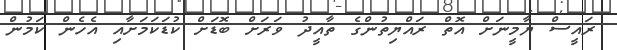
ރައީސް ޔާމީނަށް އޮތް ރައްޔިތުންގެ ތާއީދު ވަރަށް ބޮޑަށް ކުޑަަކަމަށާއި އެހެން ކަމުން